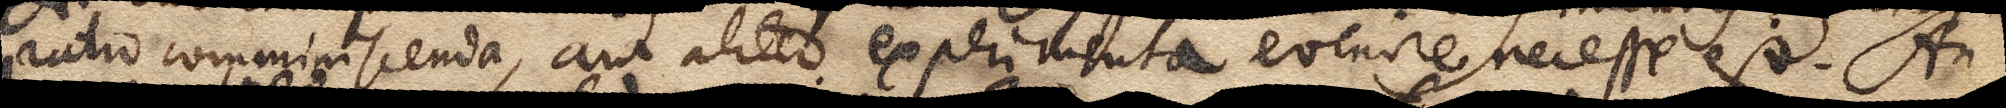
ratio comminiscenda, aut aliter experimenta evenire necesse est. An